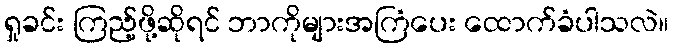
ရှုခင်း ကြည့်ဖို့ဆိုရင် ဘာကိုများအကြံပေး ထောက်ခံပါသလဲ။